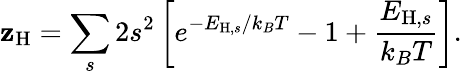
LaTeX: \mathbf{z}_{\mathrm{{H}}}=\sum_{s}2s^{2}\left[e^{-E_{\mathrm{{H}},s}/k_{B}T}-1+\frac{{E_{\mathrm{{H}},s}}}{{k_{B}T}}\right].